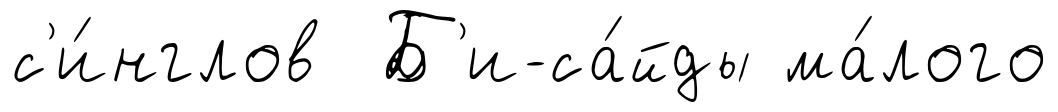
с'и́нглов Б'и-са́йды ма́лого